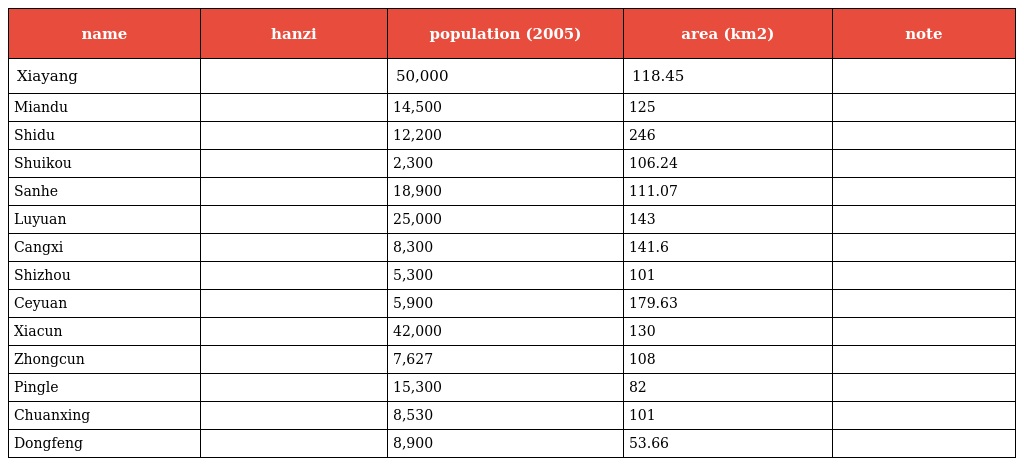
| name | hanzi | population (2005) | area (km2) | note |
 | --- | --- | --- | --- | --- |
 | Xiayang | 霞阳镇 | 50,000 | 118.45 |  |
 | Miandu | 沔渡镇 | 14,500 | 125 |  |
 | Shidu | 十都镇 | 12,200 | 246 |  |
 | Shuikou | 水口镇 | 2,300 | 106.24 |  |
 | Sanhe | 三河镇 | 18,900 | 111.07 |  |
 | Luyuan | 鹿原镇 | 25,000 | 143 |  |
 | Cangxi | 苍溪乡 | 8,300 | 141.6 |  |
 | Shizhou | 石洲乡 | 5,300 | 101 |  |
 | Ceyuan | 策源乡 | 5,900 | 179.63 |  |
 | Xiacun | 下村乡 | 42,000 | 130 |  |
 | Zhongcun | 中村乡 | 7,627 | 108 |  |
 | Pingle | 平乐乡 | 15,300 | 82 |  |
 | Chuanxing | 船形乡 | 8,530 | 101 |  |
 | Dongfeng | 东风乡 | 8,900 | 53.66 |  |